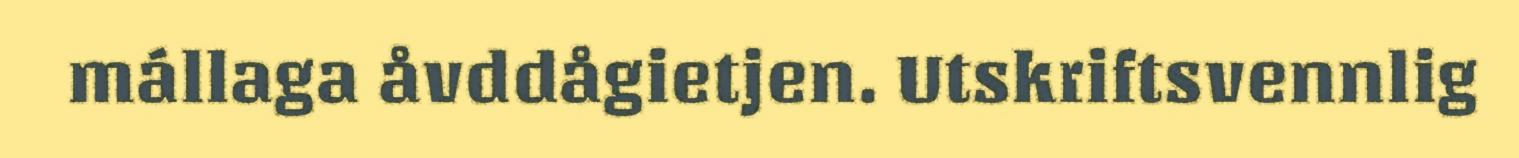
mállaga åvddågietjen. Utskriftsvennlig